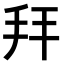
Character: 𢪙